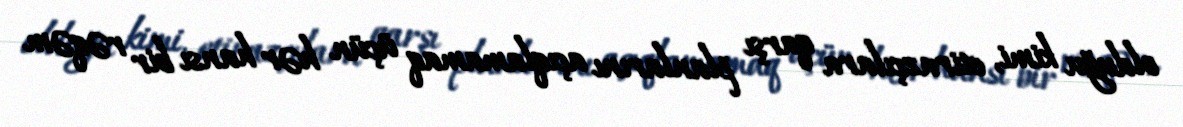
olduğu kimi, etirazçılara qarşı planlarını açıqlamamaq üçün hər hansı bir rəqəm